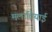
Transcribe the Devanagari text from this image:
मलावियाई